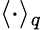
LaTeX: \langle\cdot\rangle_{q}